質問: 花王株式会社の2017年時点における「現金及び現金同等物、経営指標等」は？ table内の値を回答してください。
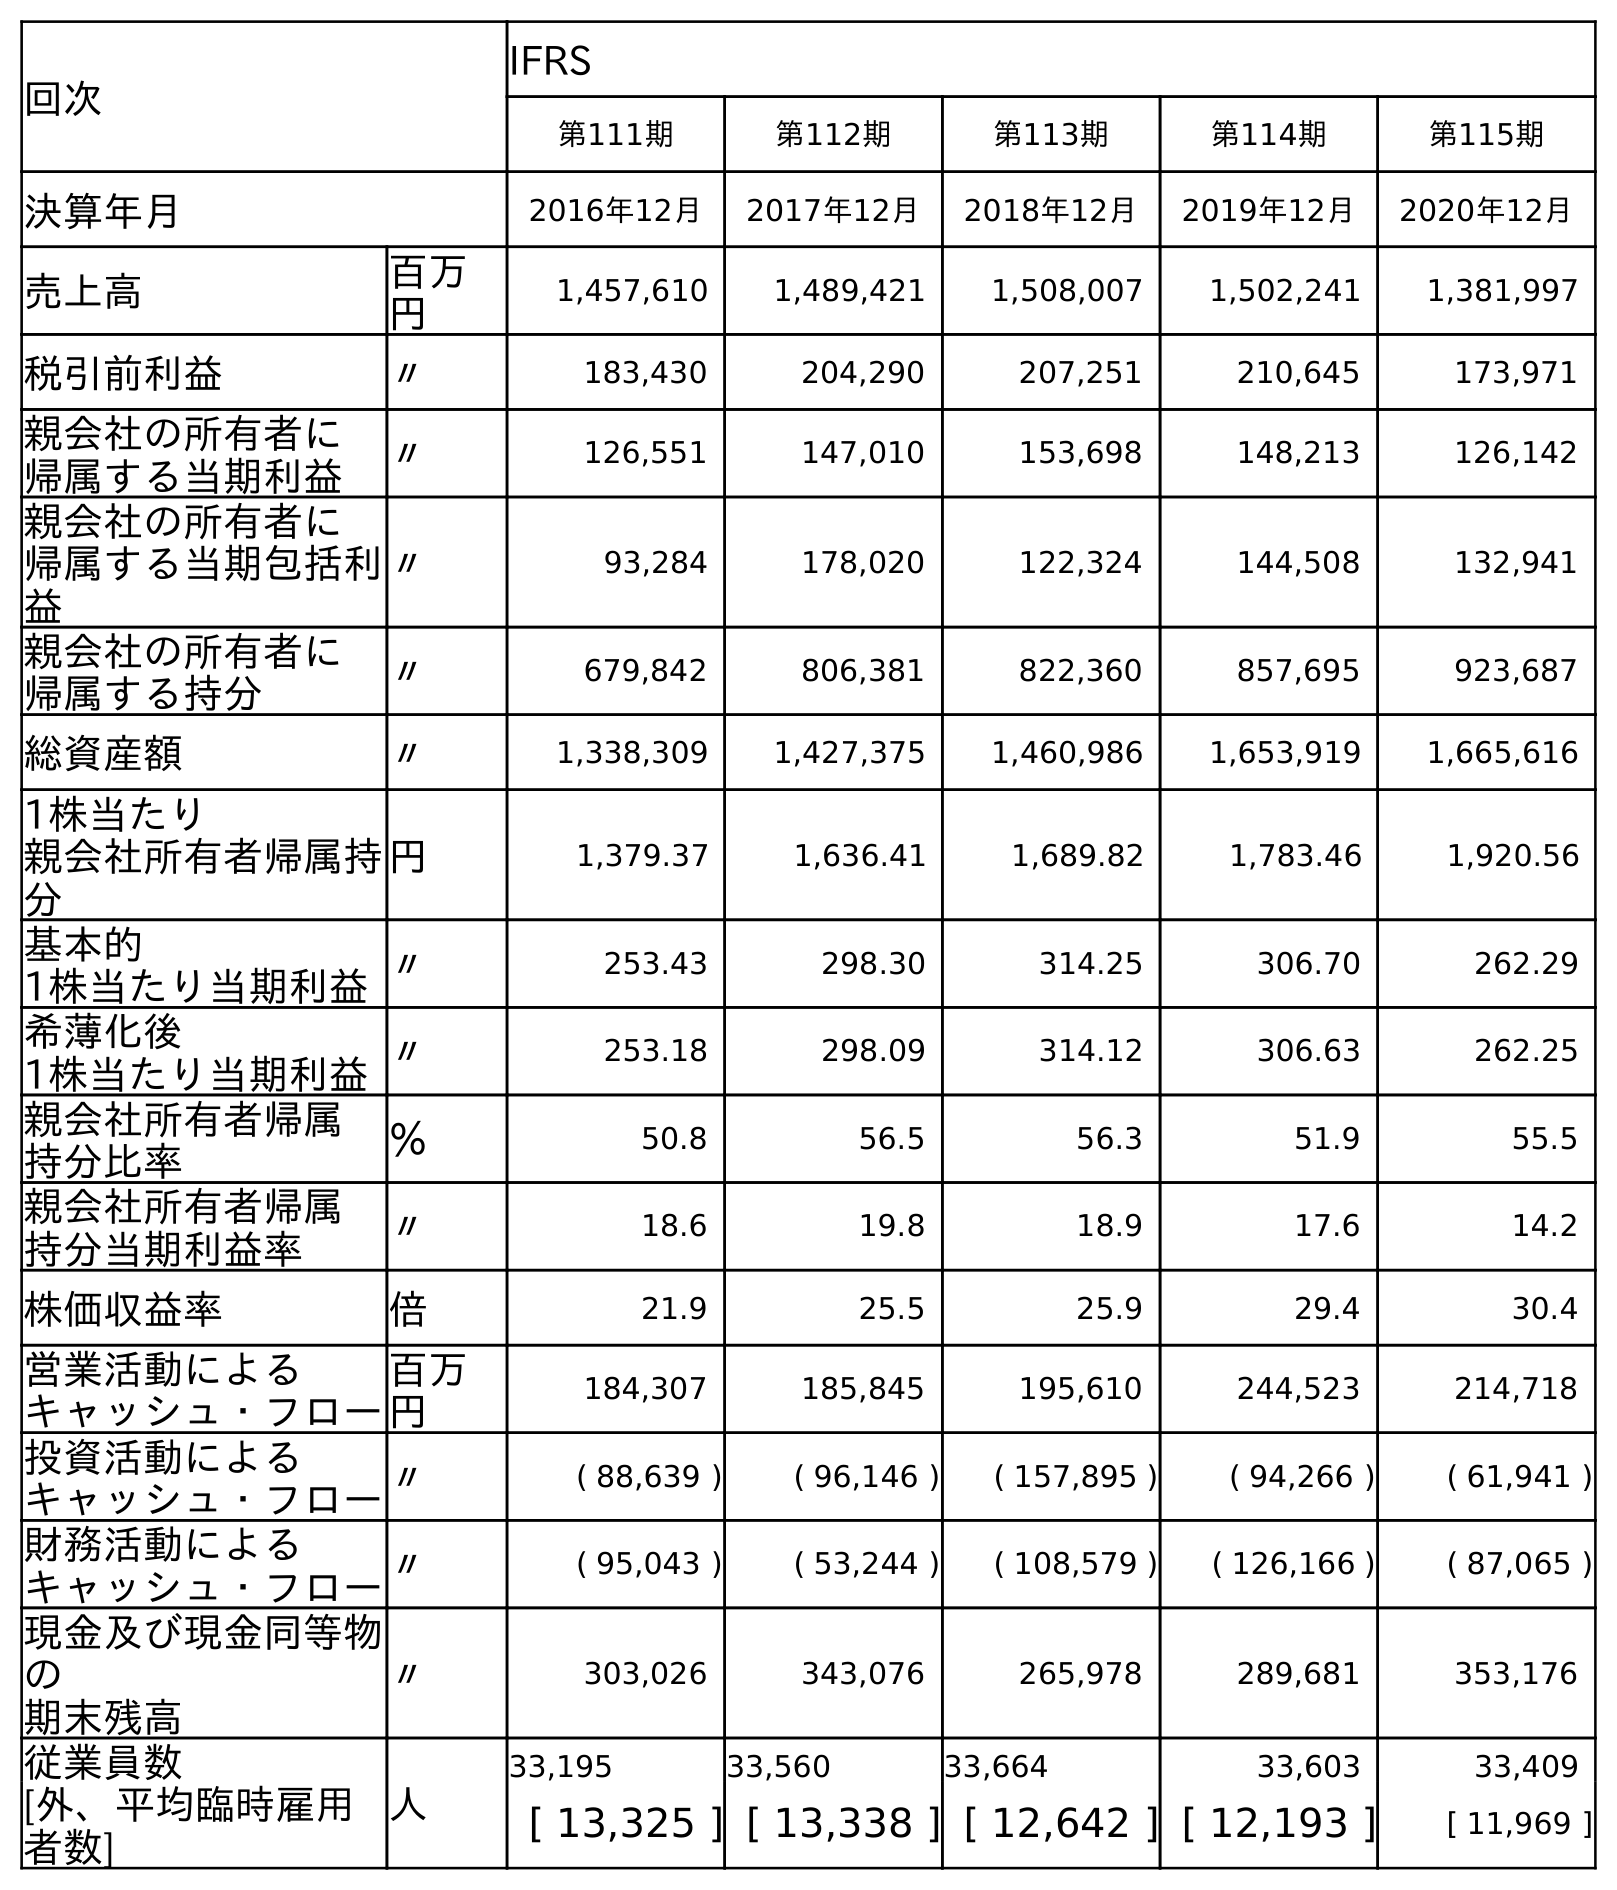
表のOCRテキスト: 回次 IFRS 第111期 第112期 第113期 第114期 第115期 決算年月 2016年12月 2017年12月 2018年12月 2019年12月 2020年12月 売上高 百万 円 1,457,610 1,489,421 1,508,007 1,502,241 1,381,997 税引前利益 〃 183,430 204,290 207,251 210,645 173,971 親会社の所有者に 帰属する当期利益 〃 126,551 147,010 153,698 148,213 126,142 親会社の所有者に 帰属する当期包括利 益 〃 93,284 178,020 122,324 144,508 132,941 親会社の所有者に 帰属する持分 〃 679,842 806,381 822,360 857,695 923,687 総資産額 〃 1,338,309 1,427,375 1,460,986 1,653,919 1,665,616 1株当たり 親会社所有者帰属持 分 円 1,379.37 1,636.41 1,689.82 1,783.46 1,920.56 基本的 1株当たり当期利益〃 253.43 298.30 314.25 306.70 262.29 希薄化後 1株当たり当期利益〃 253.18 298.09 314.12 306.63 262.25 親会社所有者帰属 持分比率 ％ 50.8 56.5 56.3 51.9 55.5 親会社所有者帰属 持分当期利益率 〃 18.6 19.8 18.9 17.6 14.2 株価収益率 倍 21.9 25.5 25.9 29.4 30.4 営業活動による キャッシュ・フロー 百万 円 184,307 185,845 195,610 244,523 214,718 投資活動による キャッシュ・フロー〃 ( 88,639 ) ( 96,146 ) ( 157,895 ) ( 94,266 ) ( 61,941 ) 財務活動による キャッシュ・フロー〃 ( 95,043 ) ( 53,244 ) ( 108,579 ) ( 126,166 ) ( 87,065 ) 現金及び現金同等物 の 期末残高 〃 303,026 343,076 265,978 289,681 353,176 従業員数 人 33,195 33,560 33,664 33,603 33,409 [外、平均臨時雇用 者数] [ 13,325 ] [ 13,338 ] [ 12,642 ] [ 12,193 ] [ 11,969 ]
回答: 343,076